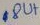
Text: 8UT